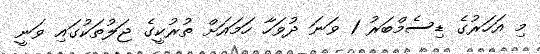
މި އަހަރުގެ ޑިސެމްބަރު 1 ވަނަ ދުވަހާ ހަމައަށް ތުރުކީގެ ޖަލުތަކުގައި ވަނީ